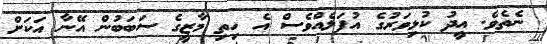
ނެތެވެ. އީދު ކުޅިވަރުގެ އުފަލެއްވެސް އެ ހިތި މާޒީގެ ސަބަބުން އޭނާ އަކަށް